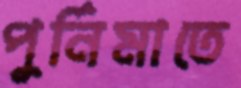
পুর্নিমাতে